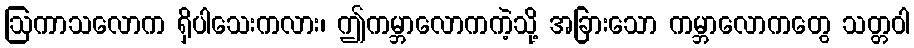
ဩကာသလောက ရှိပါသေးကလား၊ ဤကမ္ဘာလောကကဲ့သို့ အခြားသော ကမ္ဘာလောကတွေ သတ္တဝါ